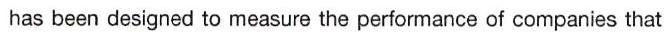
has been designed to measure the performance of companies that